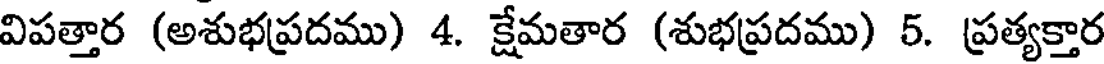
విపత్తార (అశుభప్రదము) 4. క్షేమతార (శుభప్రదము) 5. ప్రత్యక్తార